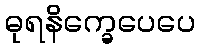
ဓုရနိက္ခေပေပေ